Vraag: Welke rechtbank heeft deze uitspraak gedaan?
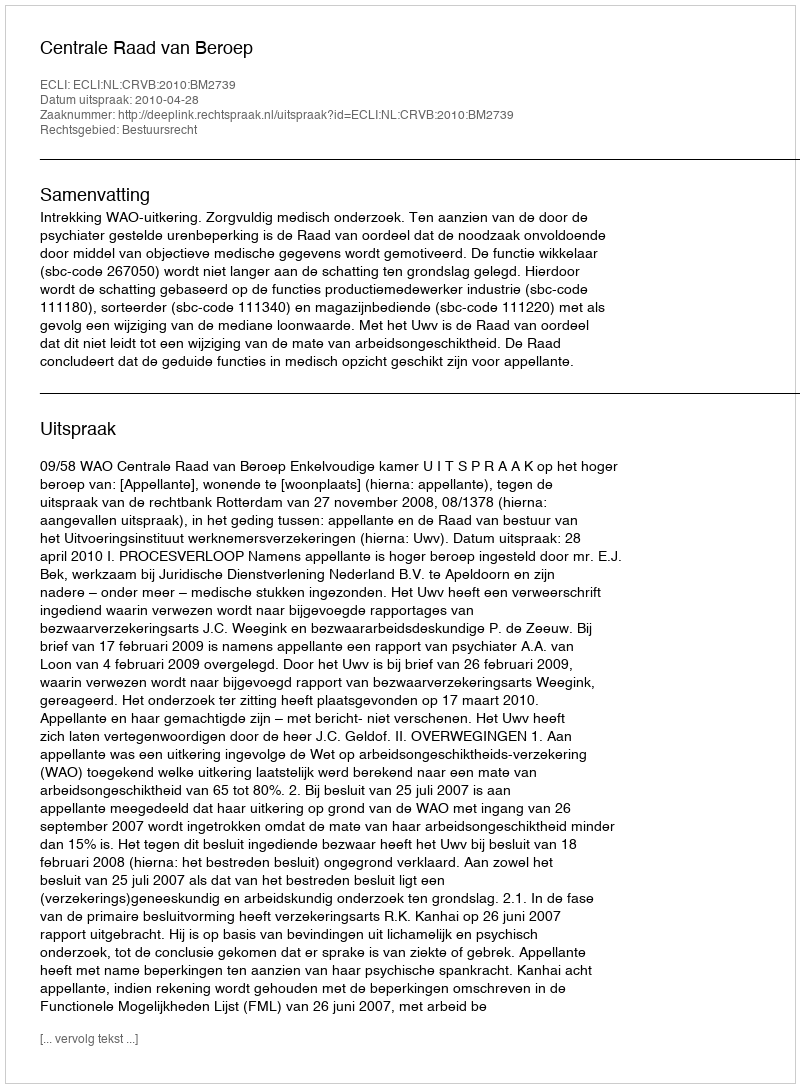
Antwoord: Centrale Raad van Beroep